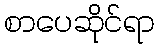
စာပေဆိုင်ရာ